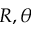
R , \theta